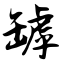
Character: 罅